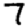
Digit: 7